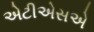
એટીએસએ